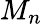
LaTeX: M_{n}